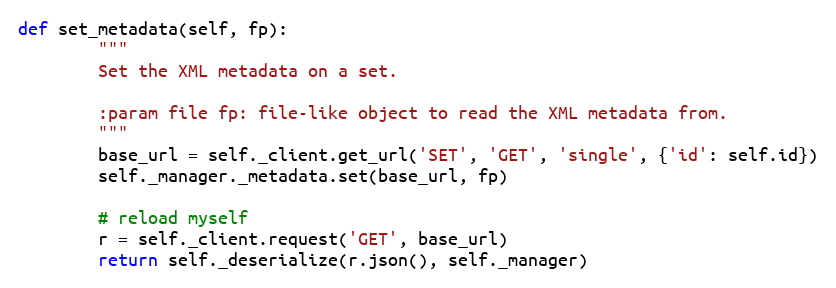
Language: Python
def set_metadata(self, fp):
        """
        Set the XML metadata on a set.

        :param file fp: file-like object to read the XML metadata from.
        """
        base_url = self._client.get_url('SET', 'GET', 'single', {'id': self.id})
        self._manager._metadata.set(base_url, fp)

        # reload myself
        r = self._client.request('GET', base_url)
        return self._deserialize(r.json(), self._manager)